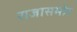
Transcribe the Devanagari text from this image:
राजासमोर